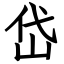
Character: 岱